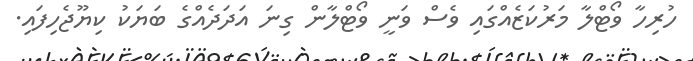
ހުރިހާ ވޯޓްލާ މަރުކަޒެއްގައި ވެސް ވަނީ ވޯޓްލާން ގިނަ އަދަދެއްގެ ބަޔަކު ކިޔޫޖެހިފައި.